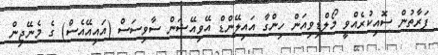
ފަރާތުން ސޮއިކުރެއްވީ މޯލްޑިވިއަން ހިންގާ އައިލޭންޑް އޭވިއޭޝަން ސާވިސަސް (އައިއޭއެސް) ގެ މެނޭޖިން